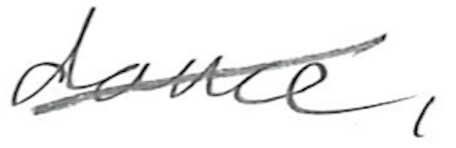
Text: dance,
Cross-out: diagonal
Writing tool: pencil